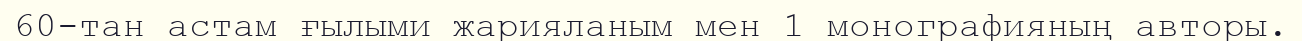
60-тан астам ғылыми жарияланым мен 1 монографияның авторы.